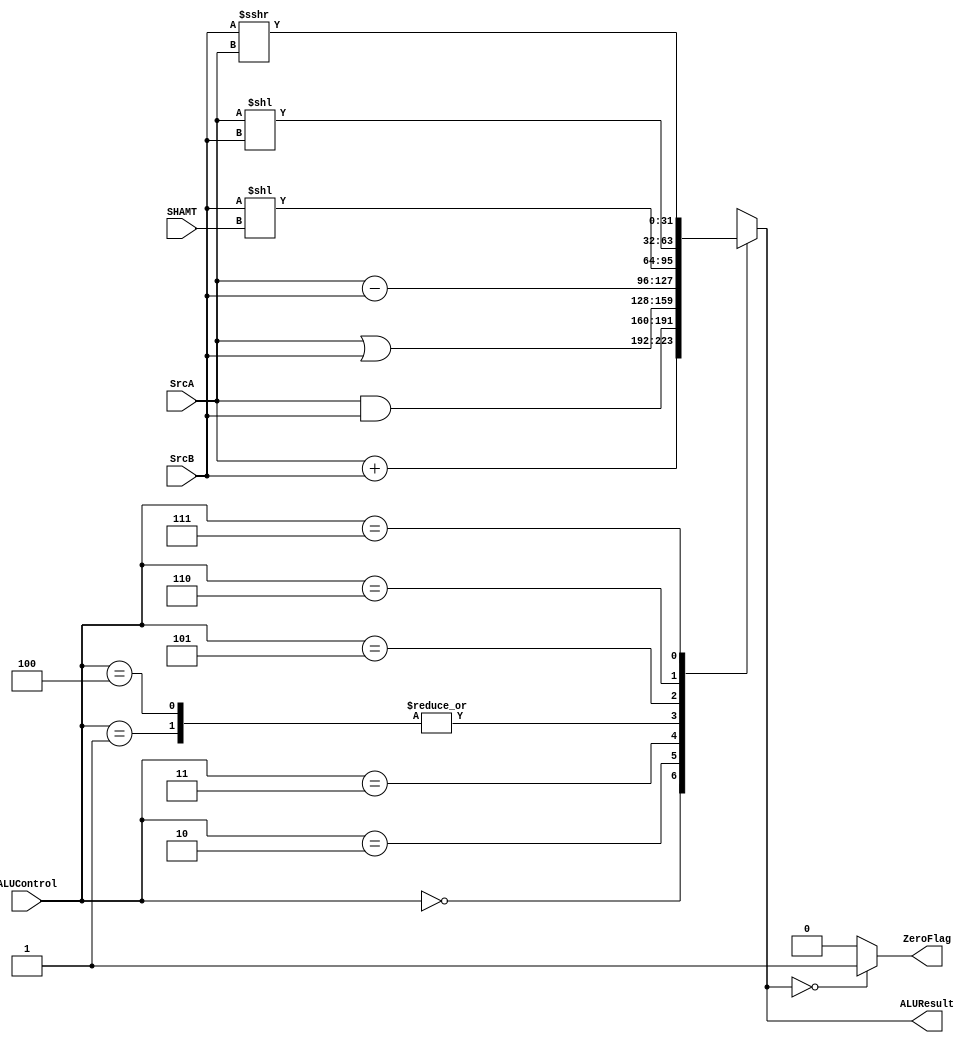
`timescale 1ns / 1ps
//////////////////////////////////////////////////////////////////////////////////
// Company: 
// Engineer: 
// 
// Design Name: 
// Module Name: ALU
// Project Name: 
// Target Devices: 
// Tool Versions: 
// Description: 
// 
// Dependencies: 
// 
// Revision:
// Revision 0.01 - File Created
// Additional Comments:
// 
//////////////////////////////////////////////////////////////////////////////////


module ALU( input signed [31:0] SrcA, SrcB,
             input [2:0] ALUControl,
             input [4:0] SHAMT,
             output ZeroFlag,
             output signed [31:0] ALUResult);
             
	reg [31:0] result;
	reg flag;
	
	always @(*) begin
		case (ALUControl)
		3'b000: result = SrcA + SrcB; //  Addition
		3'b001: result = SrcA - SrcB; //  Subtraction 
		3'b010: result = SrcA & SrcB; //  AND 
		3'b011: result = SrcA | SrcB; //  OR 
		3'b100: result = SrcA - SrcB; // slt
		3'b101: result = SrcB << SHAMT; //sll
		3'b110: result = SrcA << SrcB; // sllv
		3'b111: result = SrcB >>> SrcA; //srav
    endcase 
		
	if (result == 0) flag = 1; 
		else flag = 0;
	end
	
	assign ALUResult = result; 
	assign ZeroFlag = flag; 
	
endmodule